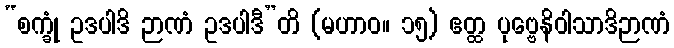
“စက္ခုံ ဥဒပါဒိ ဉာဏံ ဥဒပါဒီ”တိ (မဟာဝ။ ၁၅) ဧတ္ထ ပုဗ္ဗေနိဝါသာဒိဉာဏံ